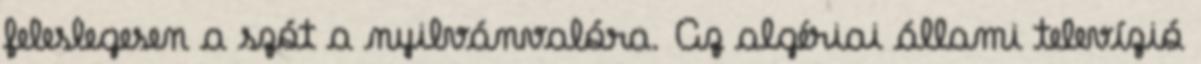
feleslegesen a szót a nyilvánvalóra. Az algériai állami televízió